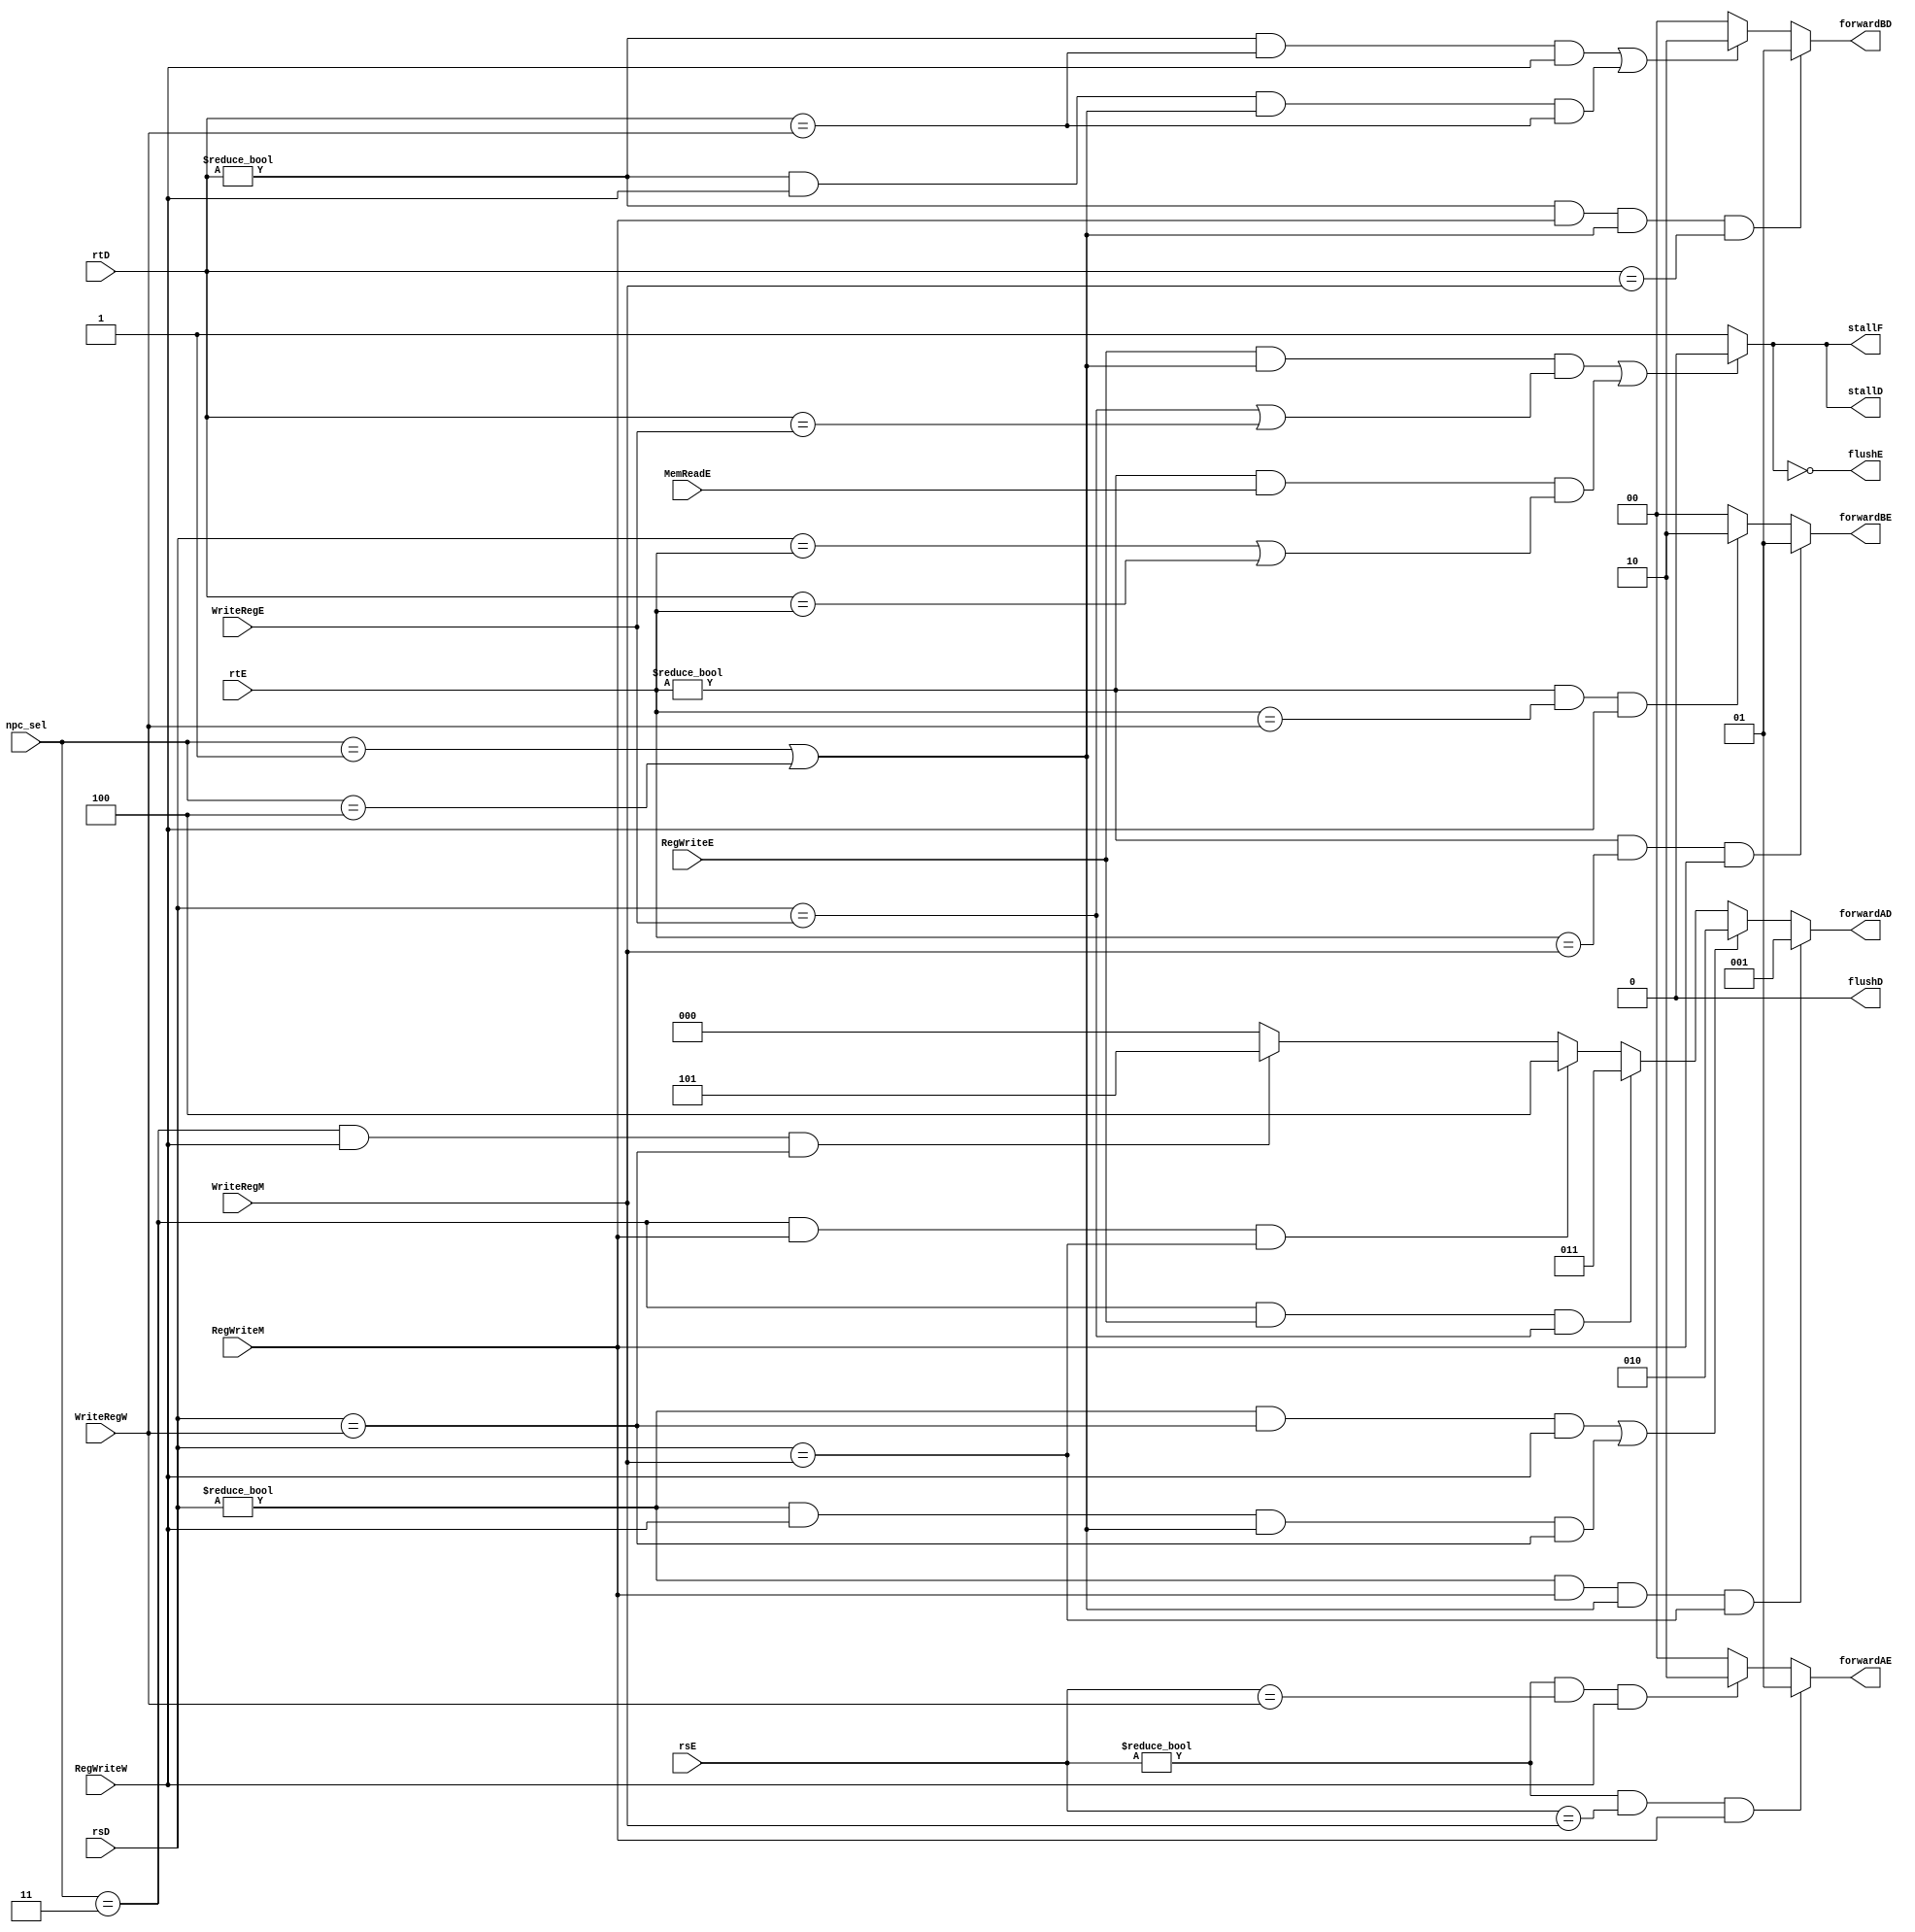
module HarzardUnit(input  [4:0] rsD,rtD,rsE,rtE,WriteRegE,WriteRegM,WriteRegW,
                   input        RegWriteE,RegWriteM,RegWriteW,MemReadE,
						 input  [2:0] npc_sel,
						 output       stallF,stallD,flushD,
						 output [1:0] forwardBD,flushE,forwardAE,forwardBE,
						 output [2:0] forwardAD
						 );
	  
						  
	wire   B;
   assign B = (npc_sel==3'b001)|(npc_sel==3'b100);

	assign forwardAE = ((rsE!=5'b0)&&(rsE==WriteRegM)&&RegWriteM)? 2'b01:
							 ((rsE!=5'b0)&&(rsE==WriteRegW)&&RegWriteW)? 2'b10:
							                                             2'b00;
								
	assign forwardBE = ((rtE!=5'b0)&&(rtE==WriteRegM)&&RegWriteM)? 2'b01:
							 ((rtE!=5'b0)&&(rtE==WriteRegW)&&RegWriteW)? 2'b10:
							                                             2'b00;
							
	assign forwardAD = ((rsD!=5'b0)&&RegWriteM&& B &&(rsD==WriteRegM))?	 3'b001:
							 ((rsD!=5'b0)&&(rsD==WriteRegW)&&RegWriteW)||				
							 ((rsD!=5'b0)&&RegWriteW&& B &&(rsD==WriteRegW))?	 3'b010:
							 ((npc_sel==3'b011)&&RegWriteE&&(rsD==WriteRegE))?	 3'b011:
							 ((npc_sel==3'b011)&&RegWriteM&&(rsD==WriteRegM))?	 3'b100:
							 ((npc_sel==3'b011)&&RegWriteW&&(rsD==WriteRegW))?	 3'b101:
							                                                    3'b000;
							
	assign forwardBD = ((rtD!=5'b0)&&RegWriteM&& B &&(rtD==WriteRegM))?	2'b01:
							 ((rtD!=5'b0)&&(rtD==WriteRegW)&&RegWriteW)||				
							 ((rtD!=5'b0)&&RegWriteW&& B &&(rtD==WriteRegW))?	2'b10:
							                                                   2'b00;
							
	assign stallF    = (RegWriteE&& B &&((rsD==WriteRegE)||(rtD==WriteRegE)))||	
						    ((rtE!=5'b0)&&MemReadE&&(rsD==rtE||rtD==rtE))?					1'b0:	
						                                                               1'b1;
					
	assign stallD    = stallF;
						
	assign flushE    = ~stallF;
							
	assign flushD=1'b0;

endmodule